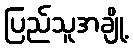
ပြည်သူအချို့